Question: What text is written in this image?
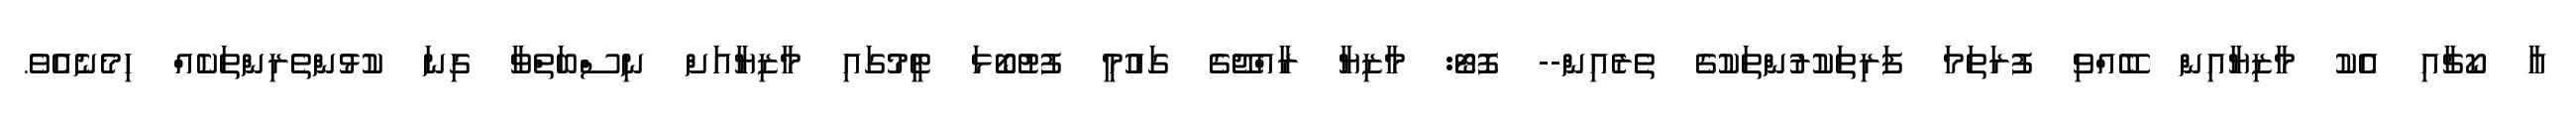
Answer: އާ ކޯޗާއި އެކު މާޒިޔާއިން ބޭއްވި ފުރަތަމަ ފަރިތަކުރުންތަކުގެ ތެރެއިން-- ފޮޓޯ: މާޒިޔާ ރާއްޖޭގެ ގައުމީ ފުޓުބޯޅަ ޓީމުގައި މާޒިޔާއަށް ނިސްބަތްވާ ގިނަ ކުޅުންތެރިންތަކެއް ހިމެނެއެވެ.